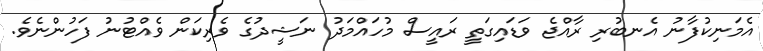
އެމަނިކުފާނު އެނބުރި ރާއްޖެ ވަޑައިގަތީ ރައީސް މުހައްމަދު ނަޝީދުގެ ވެރިކަން ވެއްޓުނު ފަހުންނެވެ.